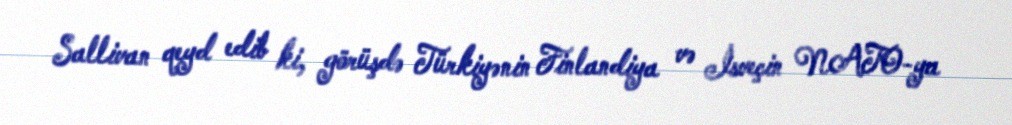
Sallivan qeyd edib ki, görüşdə Türkiyənin Finlandiya və İsveçin NATO-ya